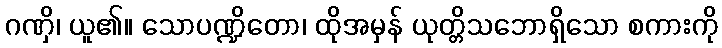
ဂဏှိ၊ ယူ၏။ သောပဏ္ဍိတော၊ ထိုအမှန် ယုတ္တိသဘောရှိသော စကားကို